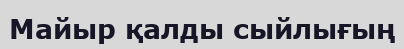
Майыр қалды сыйлығың